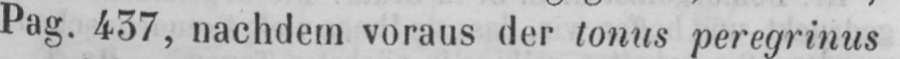
Pag. 437, nachdem voraus der tonus peregrinus